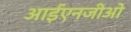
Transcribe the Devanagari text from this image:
आईएनजीओ